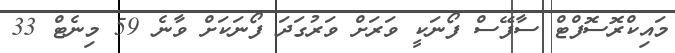
މައިކްރޮސޮފްޓް ސާފޭސް ފޯނަކީ ވަރަށް ވަރުގަދަ ފޯނަކަށް ވާނެ 59 މިނެޓް 33